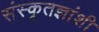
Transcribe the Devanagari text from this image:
संस्कृतज्ञांशी